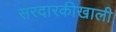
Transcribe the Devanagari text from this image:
सरदारकीखाली